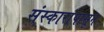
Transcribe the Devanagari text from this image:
संस्कारांपासून